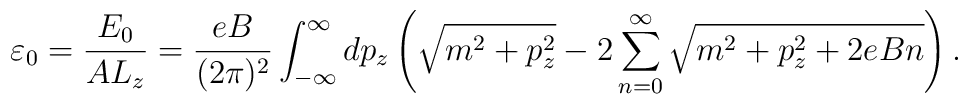
\varepsilon_{0}=\frac{E_{0}}{AL_{z}}=\frac{eB}{(2\pi)^{2}}\int_{-\infty}^{\infty}dp_{z}  \left(\sqrt{m^{2}+p_{z}^{2}}-  2\sum_{n=0}^{\infty}\sqrt{m^{2}+p_{z}^{2}+2eBn}\right).